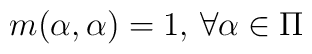
m(\alpha,\alpha)=1,\,\forall \alpha\in \Pi